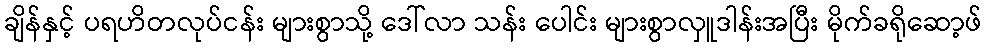
ချိန်နှင့် ပရဟိတလုပ်ငန်း များစွာသို့ ဒေါ်လာ သန်း ပေါင်း များစွာလှူဒါန်းအပြီး မိုက်ခရိုဆော့ဖ်